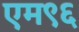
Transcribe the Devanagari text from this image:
एम९६